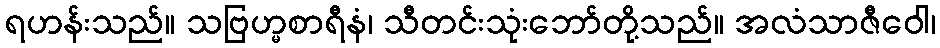
ရဟန်းသည်။ သဗြဟ္မစာရီနံ၊ သီတင်းသုံးဘော်တို့သည်။ အလံသာဇီဝေါ၊